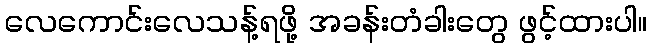
လေကောင်းလေသန့်ရဖို့ အခန်းတံခါးတွေ ဖွင့်ထားပါ။